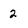
Character: 2